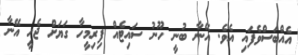
އެއްބަސްވެފައި އެވެ. އޭނާ ބުނީ ހޫނު ސައިޓެއް ފިރިމީހާ ގަޔަށް ޖެހީ އޭނާ